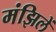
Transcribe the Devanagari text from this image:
मंझिलें